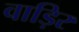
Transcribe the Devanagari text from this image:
वाड़िर